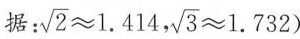
据： $$\sqrt{2}\approx 1.414, \sqrt{3}\approx 1.732)$$ CП